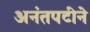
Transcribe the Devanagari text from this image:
अनंतपटीने